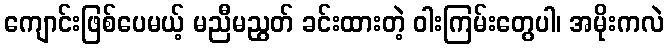
ကျောင်းဖြစ်ပေမယ့် မညီမညွတ် ခင်းထားတဲ့ ဝါးကြမ်းတွေပါ၊ အမိုးကလဲ